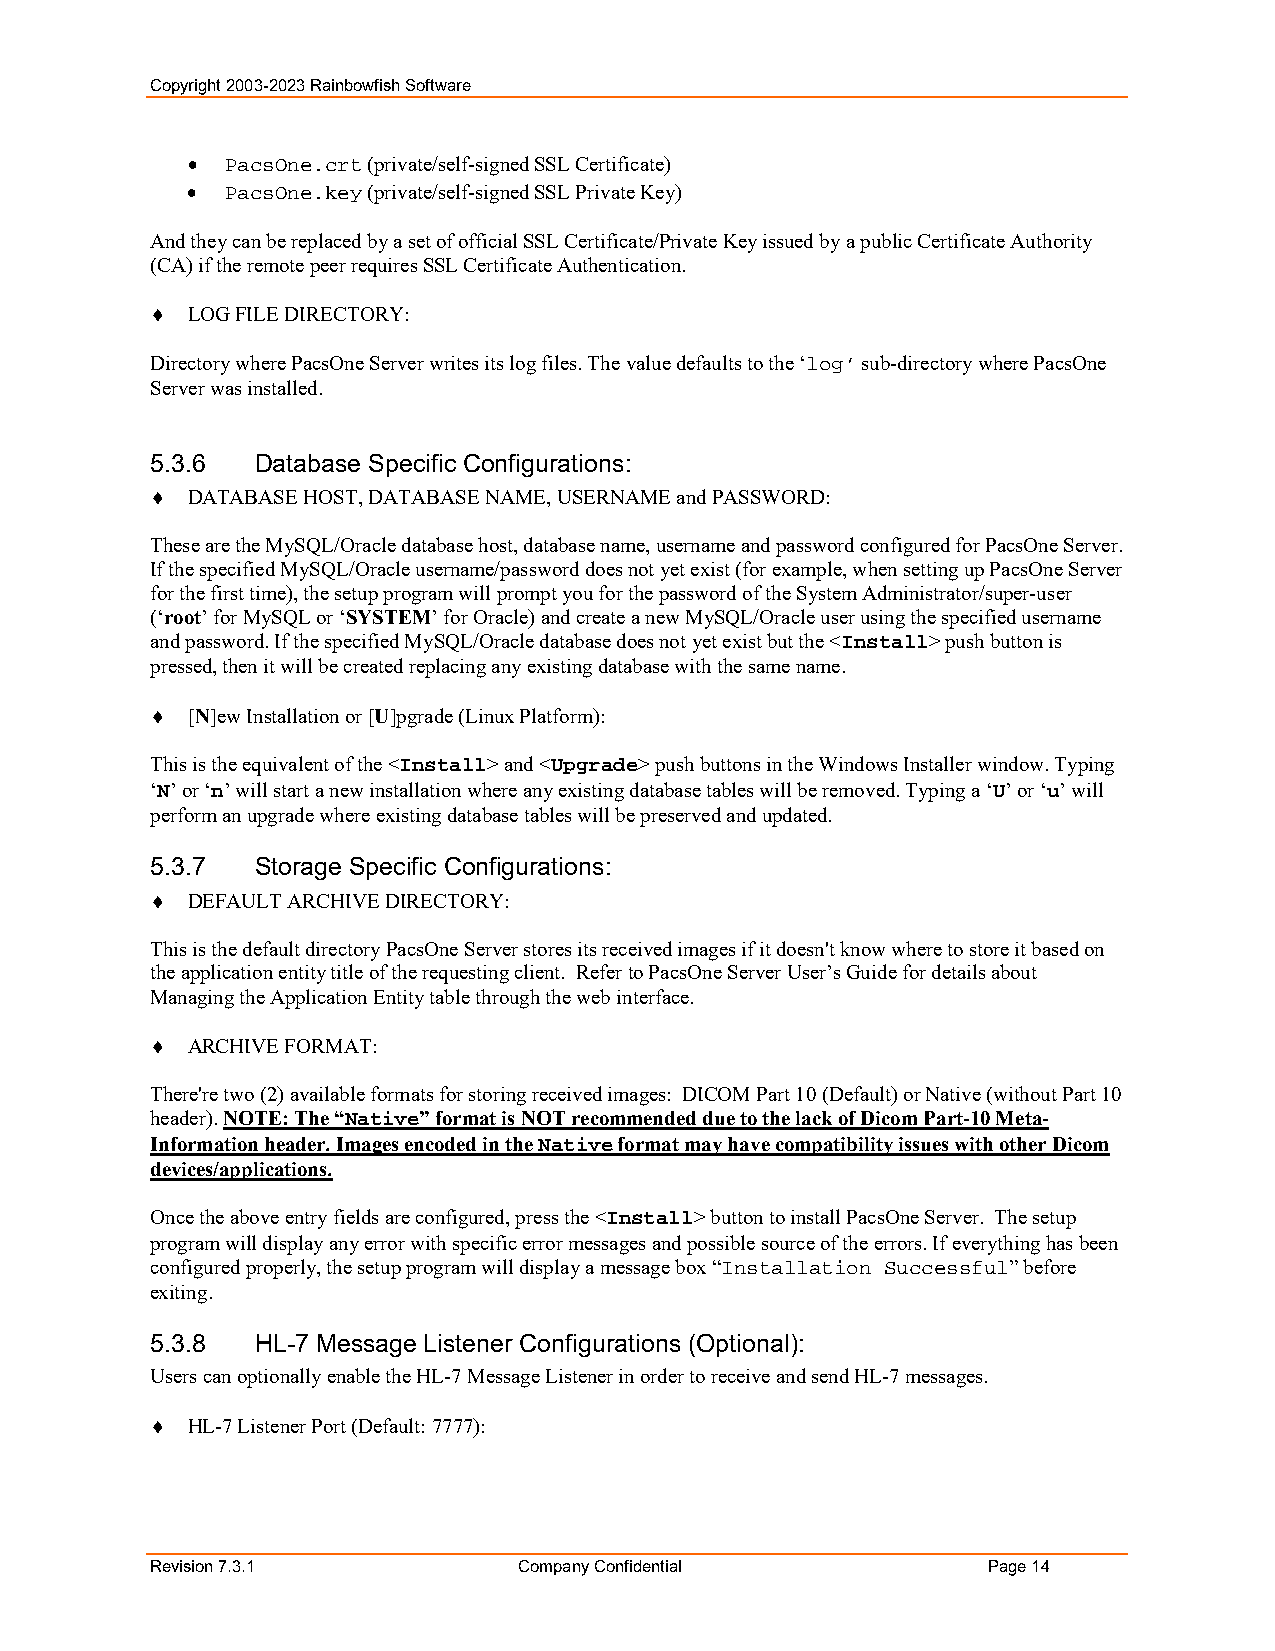
Copyright 2003-2023 Rainbowfish Software
   PacsOne.crt (private/self-signed SSL Certificate)
   PacsOne.key (private/self-signed SSL Private Key)
 And they can be replaced by a set of official SSL Certificate/Private Key issued by a public Certificate Authority
 (CA) if the remote peer requires SSL Certificate Authentication.
  LOG FILE DIRECTORY:
 Directory where PacsOne Server writes its log files. The value defaults to the ‘log’ sub-directory where PacsOne
 Server was installed.
 5.3.6  Database Specific Configurations:
  DATABASE HOST, DATABASE NAME, USERNAME and PASSWORD:
 These are the MySQL/Oracle database host, database name, username and password configured for PacsOne Server.
 If the specified MySQL/Oracle username/password does not yet exist (for example, when setting up PacsOne Server
 for the first time), the setup program will prompt you for the password of the System Administrator/super-user
 (‘root’ for MySQL or ‘SYSTEM’ for Oracle) and create a new MySQL/Oracle user using the specified username
 and password. If the specified MySQL/Oracle database does not yet exist but the <Install> push button is
 pressed, then it will be created replacing any existing database with the same name.
  [N]ew Installation or [U]pgrade (Linux Platform):
 This is the equivalent of the <Install> and <Upgrade> push buttons in the Windows Installer window. Typing
 ‘N’ or ‘n’ will start a new installation where any existing database tables will be removed. Typing a ‘U’ or ‘u’ will
 perform an upgrade where existing database tables will be preserved and updated.
 5.3.7  Storage Specific Configurations:
  DEFAULT ARCHIVE DIRECTORY:
 This is the default directory PacsOne Server stores its received images if it doesn't know where to store it based on
 the application entity title of the requesting client. Refer to PacsOne Server User’s Guide for details about
 Managing the Application Entity table through the web interface.
  ARCHIVE FORMAT:
 There're two (2) available formats for storing received images: DICOM Part 10 (Default) or Native (without Part 10
 header). NOTE: The “Native” format is NOT recommended due to the lack of Dicom Part-10 Meta-
 Information header. Images encoded in the Native format may have compatibility issues with other Dicom
 devices/applications.
 Once the above entry fields are configured, press the <Install> button to install PacsOne Server. The setup
 program will display any error with specific error messages and possible source of the errors. If everything has been
 configured properly, the setup program will display a message box “Installation Successful” before
 exiting.
 5.3.8  HL-7 Message Listener Configurations (Optional):
 Users can optionally enable the HL-7 Message Listener in order to receive and send HL-7 messages.
  HL-7 Listener Port (Default: 7777):
 Revision 7.3.1          Company Confidential           Page 14